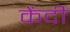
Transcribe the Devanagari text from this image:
केंदी